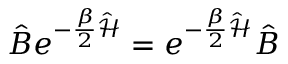
\hat { B } e ^ { - \frac { \beta } { 2 } \hat { \mathcal { H } } } = e ^ { - \frac { \beta } { 2 } \hat { \mathcal { H } } } \hat { B }